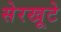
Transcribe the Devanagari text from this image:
सेरखूटे